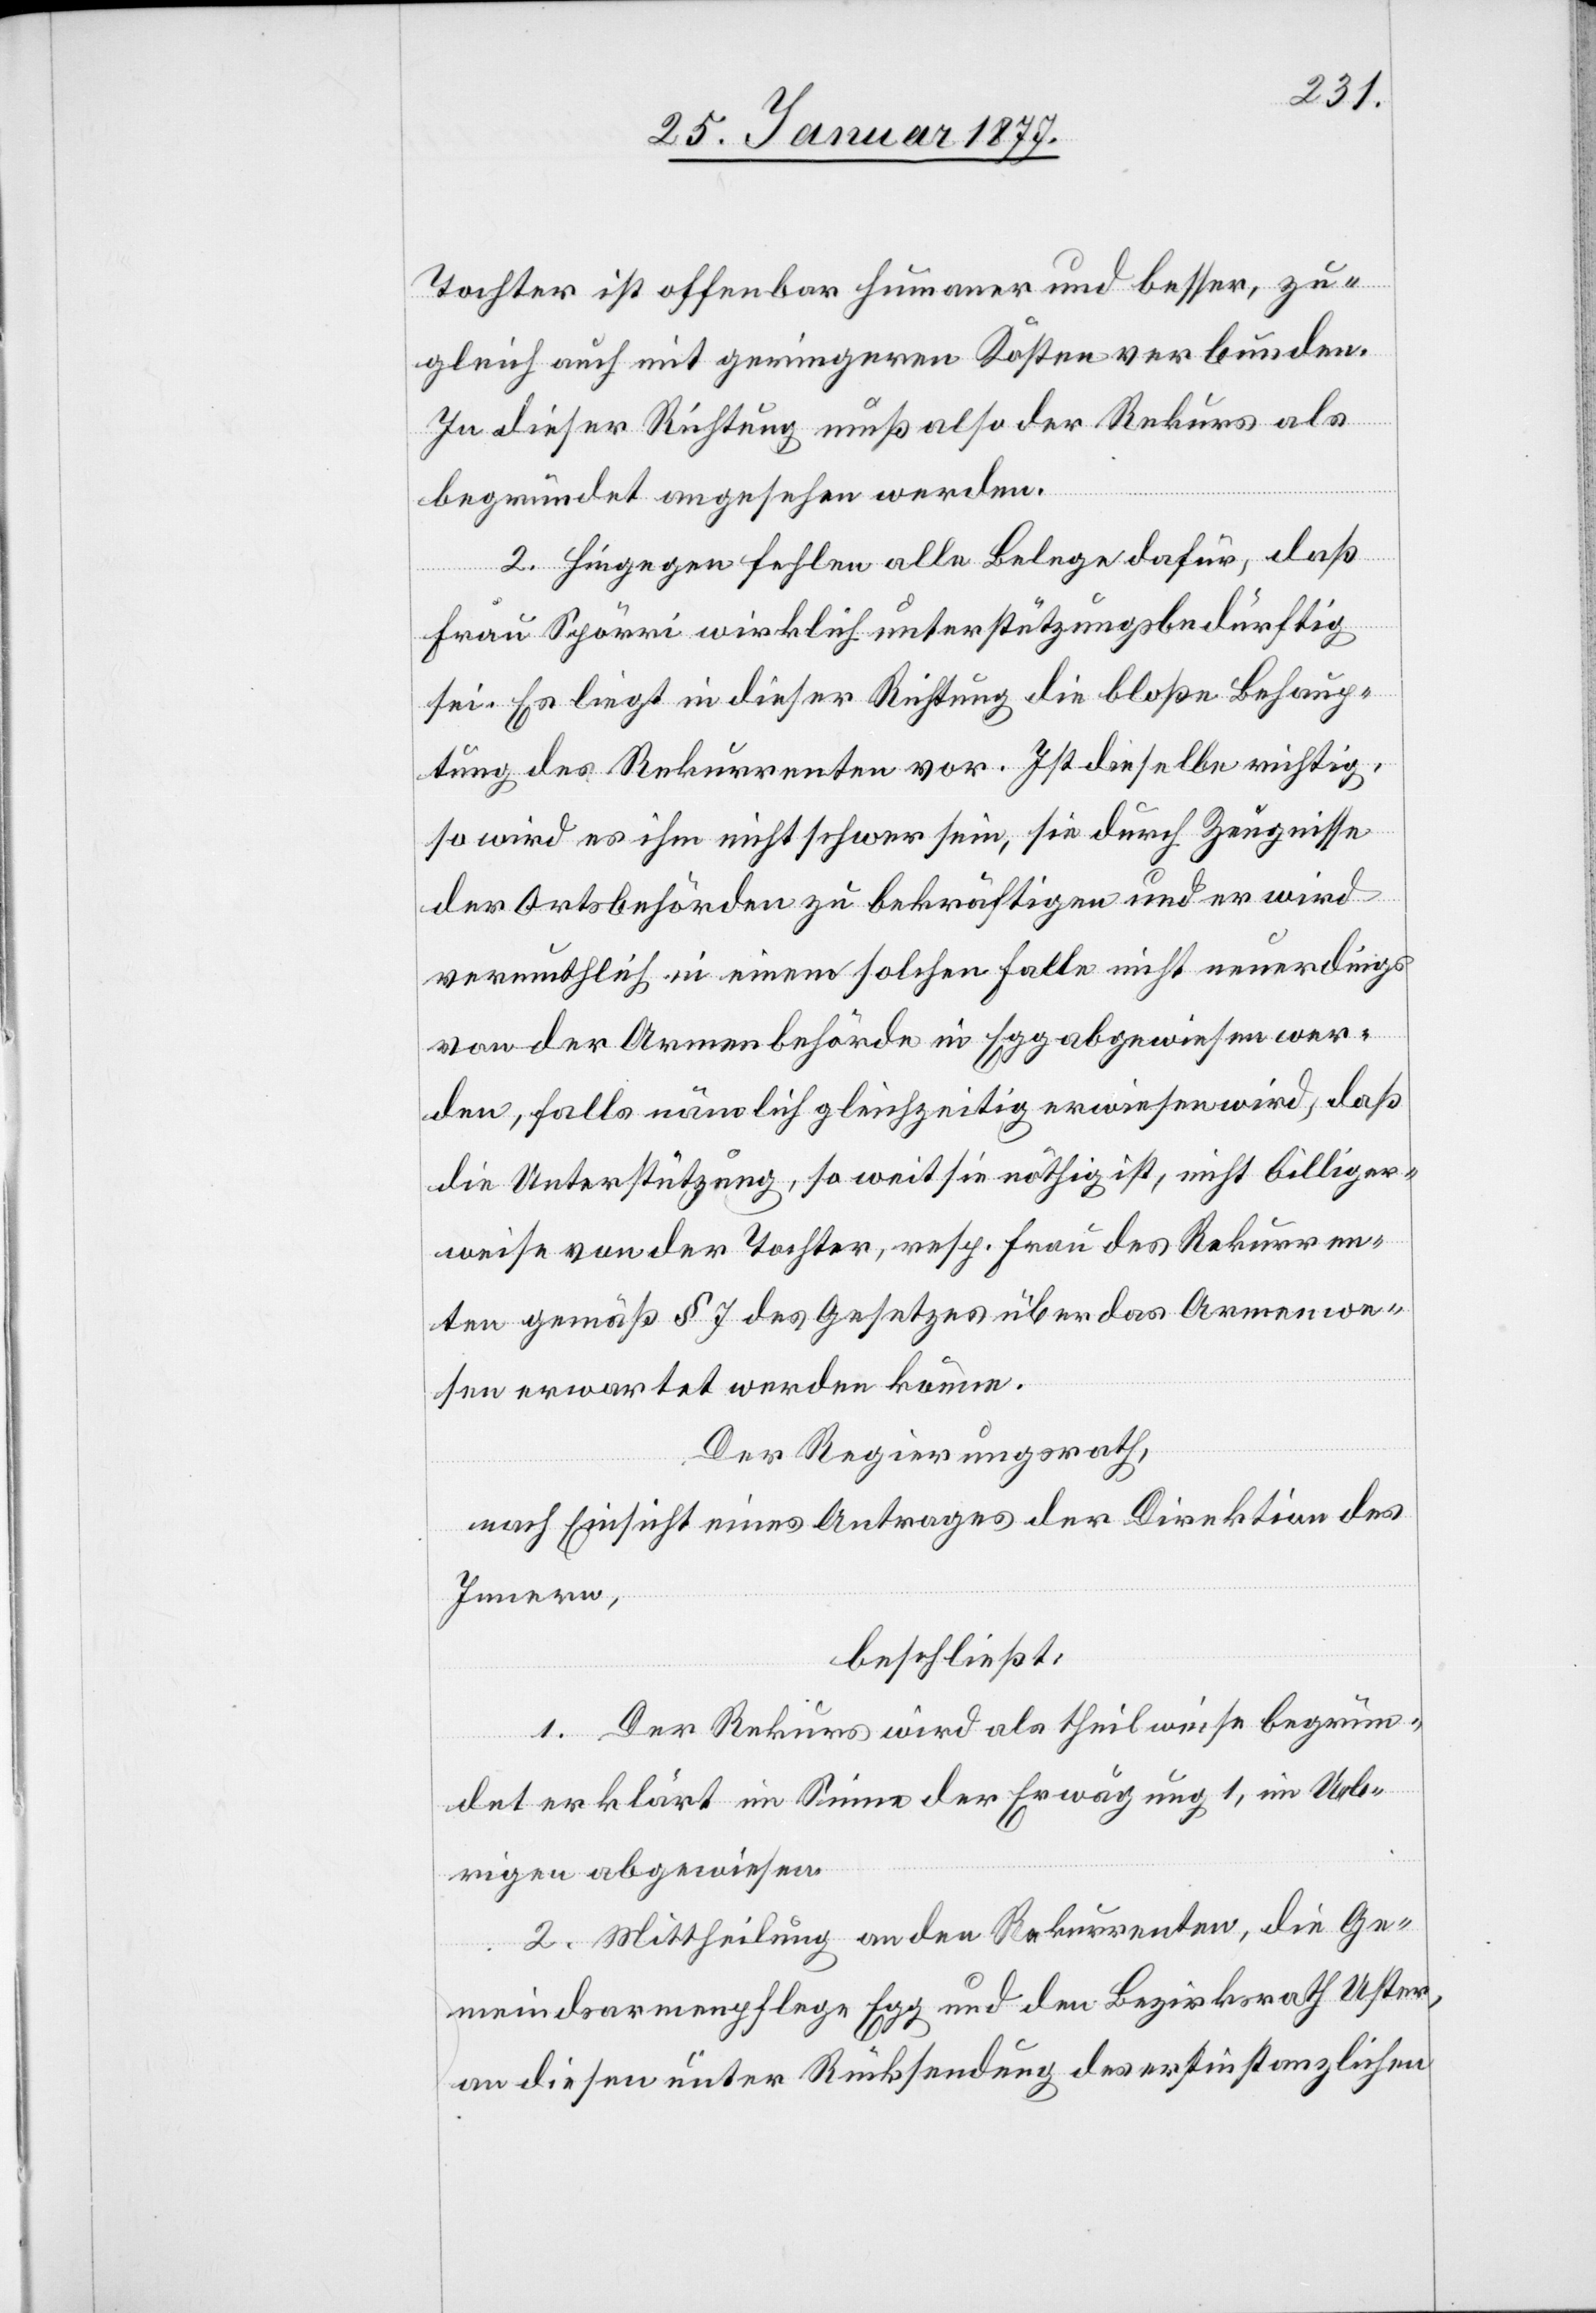
Tochter ist offenbar humaner und besser, zu¬
gleich auch mit geringeren Kosten verbunden.
In dieser Richtung muß also der Rekurs als
begründet angesehen werden.
2. Hingegen fehlen alle Belege dafür, daß
Frau Spörri wirklich unterstützungsbedürftig
sei. Es liegt in dieser Richtung die bloße Behaup¬
tung des Rekurrenten vor. Ist dieselbe richtig,
so wird es ihm nicht schwer sein, sie durch Zeugnisse
der Ortsbehörden zu bekräftigen und er wird
vermuthlich in einem solchen Falle nicht neuerdings
von der Armenbehörde in Egg abgewiesen wer¬
den, falls nämlich gleichzeitig erwiesen wird, daß
die Unterstützung, so weit sie nöthig ist, nicht billiger¬
weise von der Tochter, resp. Frau des Rekurren¬
ten gemäß § 7 des Gesetzes über das Armenwe¬
sen erwartet werden könne.
Der Regierungsrath,
nach Einsicht eines Antrages der Direktion des
Innern,
beschließt:
1. Der Rekurs wird als theilweise begrün¬
det erklärt im Sinne der Erwägung 1, im Ueb¬
rigen abgewiesen.
2. Mittheilung an den Rekurrenten, die Ge¬
meindsarmenpflege Egg und den Bezirksrath Uster,
an diesen unter Rücksendung der erstinstanzlichen